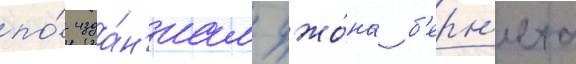
по́ изда́н'иам джо́на б'ерн'ета